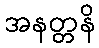
အနတ္တနိ